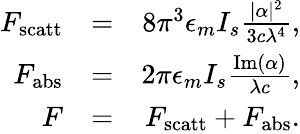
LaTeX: \begin{array}{rlr}{F_{\mathrm{scatt}}}&{=}&{8\pi^{3}\epsilon_{m}I_{s}\frac{|\alpha|^{2}}{3c\lambda^{4}},}\\ {F_{\mathrm{abs}}}&{=}&{2\pi\epsilon_{m}I_{s}\frac{\mathrm{Im}(\alpha)}{\lambda c},}\\ {F}&{=}&{F_{\mathrm{scatt}}+F_{\mathrm{abs}}.}\end{array}